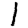
Digit: 1